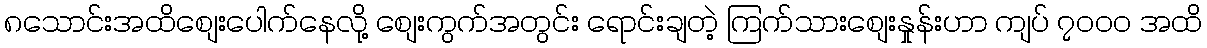
၈သောင်းအထိစျေးပေါက်နေလို့ စျေးကွက်အတွင်း ရောင်းချတဲ့ ကြက်သားစျေးနှုန်းဟာ ကျပ် ၇၀၀၀ အထိ